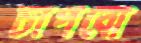
চাপবো